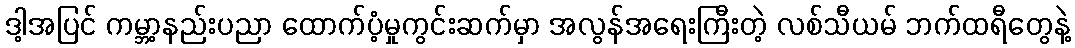
ဒါ့အပြင် ကမ္ဘာ့နည်းပညာ ထောက်ပံ့မှုကွင်းဆက်မှာ အလွန်အရေးကြီးတဲ့ လစ်သီယမ် ဘက်ထရီတွေနဲ့